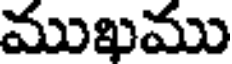
ముఖము